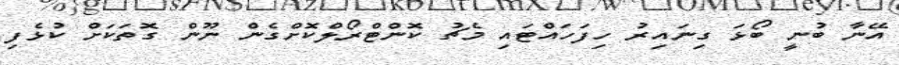
އޭނާ ބުނީ ބޯޅަ ގިނައިރު ހިފަހައްޓައި މެޗު ކޮންޓްރޯލްކޮށްގެން ނޫން ގޮތަކަށް ކުޅެފި